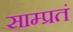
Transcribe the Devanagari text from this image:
साम्प्रतं